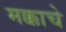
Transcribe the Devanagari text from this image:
मक्काचे